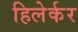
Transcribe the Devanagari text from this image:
हिलेर्कर